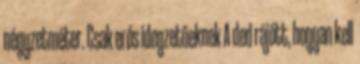
négyzetméter. Csak erős idegzetűeknek A ded rájött, hogyan kell